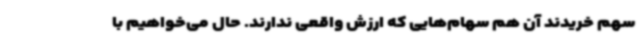
سهم خریدند آن هم سهام‌هایی که ارزش واقعی ندارند. حال می‌خواهیم با